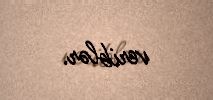
veriblər.